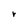
Character: r